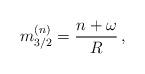
LaTeX: \begin{align*}m_{3/2}^{(n)}=\frac{n+\omega}{R}\, ,\end{align*}